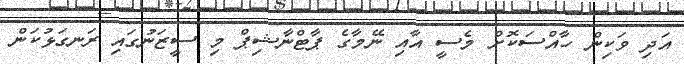
އަދި ވަކިން ހާއްސަކޮށް މެސީ އާއި ނޭމާގެ ޕާޓްނާޝިޕް މި ސީޒަނުގައި ރަނގަޅުކަން